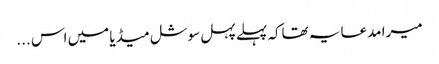
میرا مدعا یہ تھاکہ پہلے پہل سوشل میڈیا میں اس ...